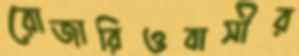
রোজারিওবাসীর